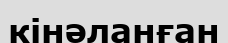
кінәланған